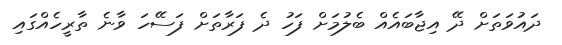
ދައުވަތަށް ދޭ އިޖާބައެއް ބެލުމަށް ފަހު ދެ ފަރާތަށް ފަސޭހަ ވާނެ ތާރީހެއްގައި